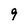
Character: 9